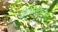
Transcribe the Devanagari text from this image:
लेखनदृष्ट्या